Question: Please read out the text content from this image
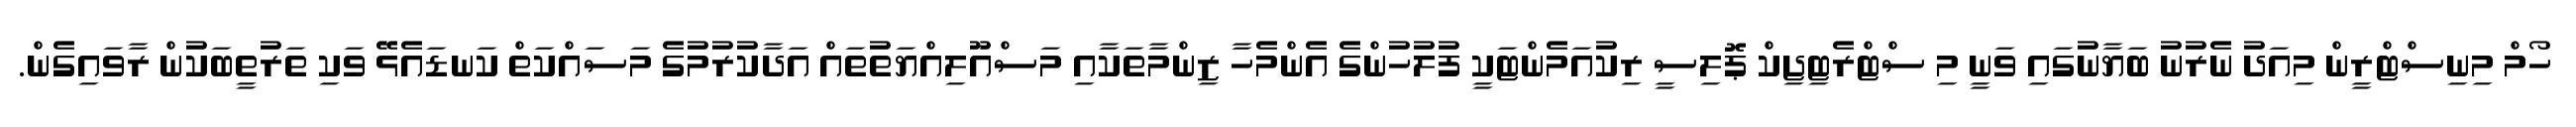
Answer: ހޯމް މިނިސްޓްރީން މިއަދު ނެރުނު ބަޔާނުގައި ވަނީ މި ސްޓްރެޓިޖިކް ޕޮލިސީ ރިކުއަމެންޓަކީ ފުލުހުންގެ އެންމެހާ ޒިންމާތަކާއި މަސްއޫލިއްޔަތުތައް އަދާކުރުމުގެ މަސައްކަތް ކަނޑައެޅޭ ވަކި ތަރުތީބަކުން ރާވައިގެން.